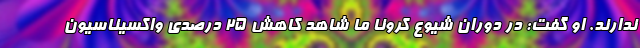
ندارند. او گفت: در دوران شیوع کرونا ما شاهد کاهش 25 درصدی واکسیناسیون